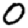
Digit: 0